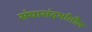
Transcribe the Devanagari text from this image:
संघासंदर्भातील